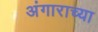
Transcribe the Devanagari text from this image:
अंगाराच्या